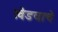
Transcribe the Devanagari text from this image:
खेडयाचे